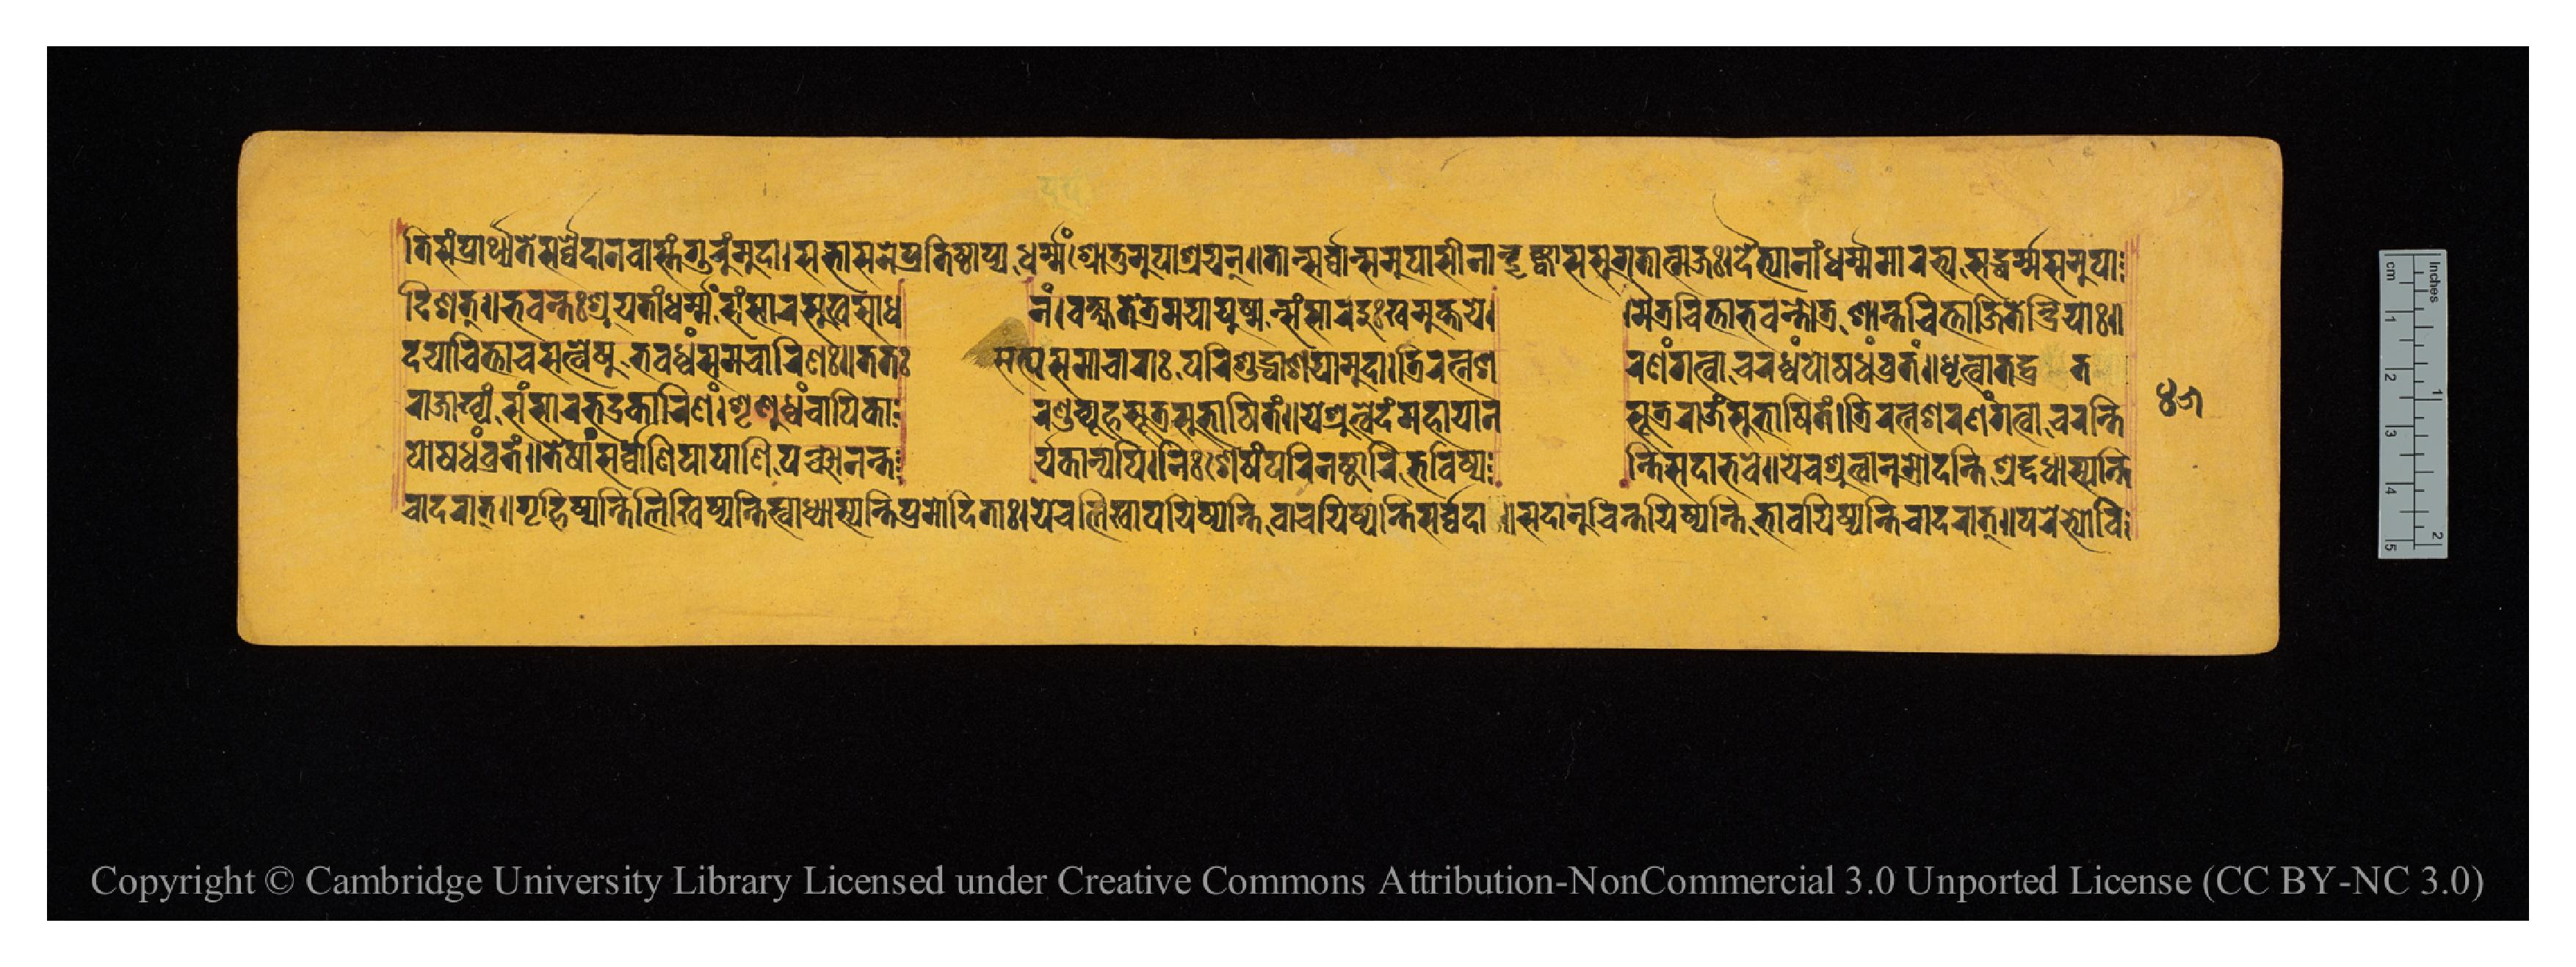
𑐟𑐶𑐳𑑄𑐥𑑂𑐬𑐵𑐬𑑂𑐠𑐣𑑂𑐟𑐾𑐳𑐬𑑂𑐰𑑂𑐰𑐾𑐡𑐵𑐣𑐰𑐵𑐳𑑂𑐟𑑄𑐐𑐸𑐬𑐸𑑄𑐩𑐸𑐡𑐵𑑋𑐳𑐨𑐵𑐳𑐣𑐾𑐥𑑂𑐬𑐟𑐶𑐲𑑂𑐛𑐵𑐥𑑂𑐫𑐢𑐬𑑂𑐩𑑂𑐩𑑄𑐱𑑂𑐬𑑀𑐟𑐸𑐩𑐸𑐥𑐵𑐱𑑂𑐬𑐫𑐣𑑂𑑌𑐟𑐵𑐣𑑂𑐳𑐬𑑂𑐰𑑂𑐰𑐵𑐣𑑂𑐳𑐩𑐸𑐥𑐵𑐳𑐷𑐣𑐵𑐣𑑂𑐡𑐺𑐲𑑂𑐚𑑂𑐰𑐵𑐳𑐳𑐸𑐐𑐟𑐵𑐟𑑂𑐩𑐖𑑅𑑋𑐡𑐿𑐟𑑂𑐫𑐵𑐣𑐵𑑄𑐢𑐬𑑂𑐩𑑂𑐩𑐩𑐵𑐬𑐨𑑂𑐫𑐳𑐡𑑂𑐢𑐬𑑂𑐩𑑂𑐩𑐳𑐩𑐸𑐥𑐵 𑐡𑐶𑐱𑐟𑑂𑑌𑐨𑐰𑐣𑑂𑐟𑑅𑐱𑑂𑐬𑐹𑐫𑐟𑑂𑐰𑐵𑐢𑐬𑑂𑐩𑐾𑑄𑐳𑑄𑐳𑐵𑐬𑐳𑐸𑐏𑐳𑐵𑐢  𑐣𑑄𑑋𑐰𑐎𑑂𑐲𑑂𑐫𑐟𑐾𑐟𑑂𑐬𑐩𑐫𑐵𑐫𑐸𑐲𑑂𑐩𑐟𑑂𑐳𑑄𑐳𑐵𑐬𑐐𑐸𑑅𑐏𑐩𑐸𑐎𑑂𑐟𑐫𑐾𑑋  𑑋𑐩𑐿𑐟𑑂𑐬𑐔𑐶𑐟𑐵𑐨𑐰𑐣𑑂𑐟𑑀𑐟𑑂𑐬𑐱𑐵𑐣𑑂𑐟𑐔𑐶𑐟𑐵𑐖𑐶𑐟𑐾𑐣𑑂𑐡𑑂𑐬𑐶𑐫𑐵𑑅𑑌  𑐡𑐫𑐵𑐔𑐶𑐟𑑂𑐟𑐵𑐱𑑂𑐔𑐳𑐟𑑂𑐰𑐾𑐲𑐸𑐨𑐰𑐢𑑂𑐫𑑄𑐳𑐩𑐵𑐔𑐵𑐬𑐶𑐞𑑅𑑌𑐟𑐟𑑅  𑐳𑐟𑑂𑐫𑐳𑐩𑐵𑐔𑐵𑐬𑐵𑑅𑐥𑐬𑐶𑐱𑐸𑐡𑑂𑐢𑐵𑐱𑐫𑐵𑐩𑐸𑐡𑐵𑑋𑐟𑑂𑐬𑐶𑐬𑐟𑑂𑐣𑐱  𑐬𑐞𑑄𑐐𑐟𑑂𑐰𑐵𑐔𑐬𑐢𑑂𑐰𑑄𑐥𑑀𑐲𑐢𑑄𑐰𑑂𑐬𑐟𑑄𑑌𑐢𑐺𑐟𑑂𑐰𑐵𑐟𑐡𑐰𑑂𑐬𑐟 𑐬𑐵𑐖𑐵𑐏𑑂𑐫𑑄𑐳𑑄𑐳𑐵𑐬𑐨𑐡𑑂𑐬𑐎𑐵𑐬𑐶𑐞𑑄𑑋𑐱𑐺𑐞𑐸𑐢𑑂𑐰𑐘𑑂𑐔𑐵𑐥𑐶𑐎𑐵  𑐬𑐞𑑂𑐜𑐰𑑂𑐫𑐹𑐴𑐳𑐹𑐟𑑂𑐬𑐳𑐸𑐨𑐵𑐲𑐶𑐟𑑄𑑌𑐫𑐾𑐱𑑂𑐬𑐸𑐟𑑂𑐰𑐾𑐡𑑄𑐩𑐴𑐵𑐫𑐵𑐣  𑐳𑐹𑐟𑑂𑐬𑐬𑐵𑐖𑑄𑐳𑐸𑐨𑐵𑐲𑐶𑐟𑑄𑑋𑐟𑑂𑐬𑐶𑐬𑐟𑑂𑐣𑐱𑐬𑐞𑑄𑐐𑐟𑑂𑐰𑐵𑐔𑐬𑐣𑑂𑐟𑐶 𑐥𑑀𑐲𑐢𑑄𑐰𑑂𑐬𑐟𑑄𑑌𑐟𑐾𑐲𑐵𑑄𑐳𑐬𑑂𑐰𑑂𑐰𑐵𑐞𑐶𑐥𑐵𑐥𑐵𑐣𑐶𑐥𑐘𑑂𑐔𑐵𑐣𑐣𑑂𑐟  𑐬𑑂𑐫𑐎𑐵𑐣𑑂𑐫𑐥𑐶𑑋𑐣𑐶𑑅𑐱𑐾𑐲𑑄𑐥𑐬𑐶𑐣𑐲𑑂𑐚𑐵𑐣𑐶𑐨𑐰𑐶𑐲𑑂𑐫  𑐣𑑂𑐟𑐶𑐳𑐡𑐵𑐨𑐰𑐾𑑌𑐫𑐾𑐔𑐱𑑂𑐬𑐸𑐟𑑂𑐰𑐵𑐣𑐸𑐡𑐣𑑂𑐟𑐶𑐱𑑂𑐬𑐡𑑂𑐡𑐢𑐵𑐳𑑂𑐫𑐣𑑂𑐟𑐶 𑐔𑐵𑐡𑐬𑐵𑐟𑑂𑑌𑐐𑐺𑐴𑐶𑐲𑑂𑐫𑐣𑑂𑐟𑐶𑐮𑐶𑐏𑐶𑐲𑑂𑐫𑐣𑑂𑐟𑐶𑐳𑑂𑐰𑐵𑐢𑑂𑐫𑐵𑐳𑑂𑐫𑐣𑑂𑐟𑐶𑐥𑑂𑐬𑐩𑑀𑐡𑐶𑐟𑐵𑑅𑑋𑐫𑐾𑐔𑐮𑐶𑐏𑐵𑐥𑐫𑐶𑐲𑑂𑐫𑐣𑑂𑐟𑐶𑐰𑐵𑐔𑐫𑐶𑐲𑑂𑐫𑐣𑑂𑐟𑐶𑐳𑐬𑑂𑐰𑑂𑐰𑐡𑐵𑑌𑐳𑐡𑐵𑐣𑐸𑐔𑐶𑐣𑑂𑐟𑐫𑐶𑐲𑑂𑐫𑐣𑑂𑐟𑐶𑐨𑐵𑐰𑐫𑐶𑐲𑑂𑐫𑐣𑑂𑐟𑐶𑐔𑐵𑐡𑐬𑐵𑐟𑑌𑐥𑐬𑐾𑐨𑑂𑐫𑑀𑐰𑐶 𑑔𑑕